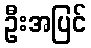
ဦးအပြင်